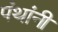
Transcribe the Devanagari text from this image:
पंथांनी